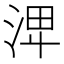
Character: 𣴪